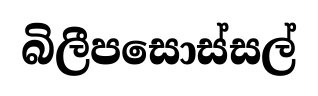
බිලීපසොස්සල්